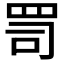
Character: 𦊛